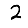
Digit: 2